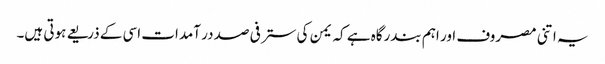
یہ اتنی مصروف اور اہم بندرگاہ ہے کہ یمن کی ستر فی صد در آمدات اسی کے ذریعے ہوتی ہیں۔